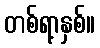
တစ်ရာ့နှစ်။